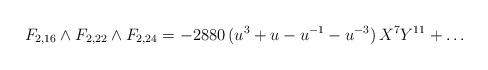
LaTeX: \begin{align*}F_{2,16} \wedge F_{2,22} \wedge F_{2,24}=-2880 \, (u^{3}+u-u^{-1}-u^{-3})\, X^7Y^{11}+\ldots\end{align*}